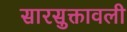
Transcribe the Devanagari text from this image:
सारसुक्तावली